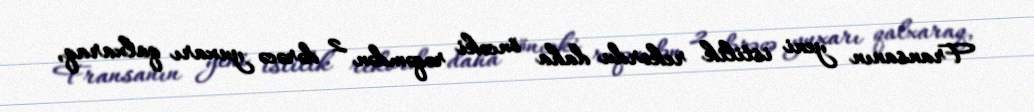
Fransanın yeni istilik rekordu daha öncəki rəqəmdən 2 dərəcə yuxarı qalxaraq,